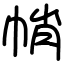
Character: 帩